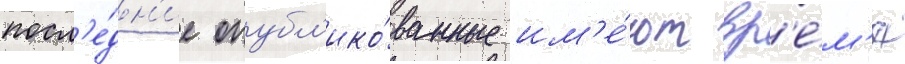
посл'е́дн'ие опубл'ико́ванные им'е́ют вр'е́м'я